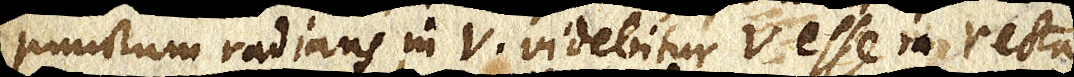
punctum radians in V videbitur V esse in recta